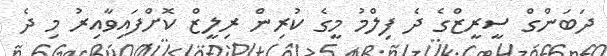
ދަބަންގް ސީރީޒްގެ ދެ ފިލްމު މީގެ ކުރިން ރިލީޒް ކޮށްފައިވާއިރު މި ދެ